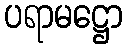
ပရာမဋ္ဌော